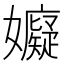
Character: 𭒳